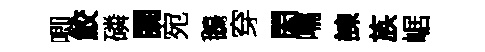
唧鮫磷闚宛鵝穿閎嚅諫族崌